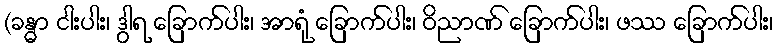
(ခန္ဓာ ငါးပါး၊ ဒွါရ ခြောက်ပါး၊ အာရုံ ခြောက်ပါး၊ ဝိညာဏ် ခြောက်ပါး၊ ဖဿ ခြောက်ပါး၊